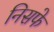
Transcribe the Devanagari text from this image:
निसफे